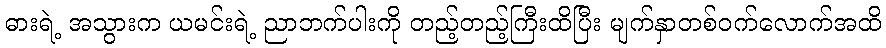
ဓားရဲ့ အသွားက ယမင်းရဲ့ ညာဘက်ပါးကို တည့်တည့်ကြီးထိပြီး မျက်နှာတစ်ဝက်လောက်အထိ